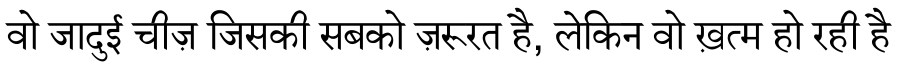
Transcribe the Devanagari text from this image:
वो जादुई चीज़ जिसकी सबको ज़रूरत है, लेकिन वो ख़त्म हो रही है